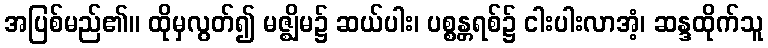
အပြစ်မည်၏။ ထိုမှလွတ်၍ မဇ္ဈိမ၌ ဆယ်ပါး၊ ပစ္စန္တရစ်၌ ငါးပါးလာအံ့၊ ဆန္ဒထိုက်သူ